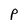
Character: P